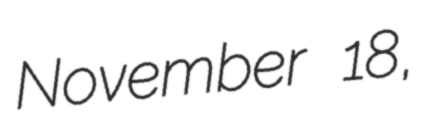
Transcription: November 18,